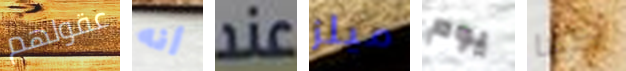
عقولهم أنه عند ميلز يوم كما